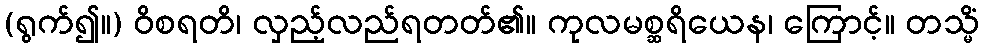
(ရွက်၍။) ဝိစရတိ၊ လှည့်လည်ရတတ်၏။ ကုလမစ္ဆရိယေန၊ ကြောင့်။ တသ္မိံ